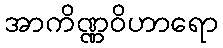
အာကိဏ္ဏဝိဟာရော